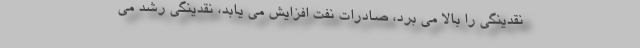
نقدینگی را بالا می برد، صادرات نفت افزایش می یابد، نقدینگی رشد می